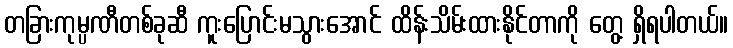
တခြားကုမ္ပဏီတစ်ခုဆီ ကူးပြောင်းမသွားအောင် ထိန်းသိမ်းထားနိုင်တာကို တွေ့ ရှိရပါတယ်။